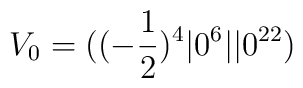
V_0=((-{1\over 2})^4 \vert  0^6 \vert\vert 0^{22})